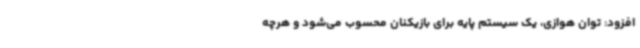
افزود: توان هوازی، یک سیستم پایه برای بازیکنان محسوب می‌شود و هرچه